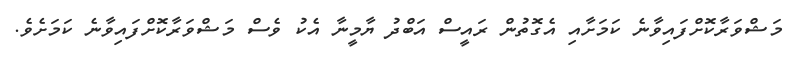
މަޝްވަރާކޮށްފައިވާނެ ކަމަށާއި އެގޮތުން ރައީސް އަބްދު ޔާމީނާ އެކު ވެސް މަޝްވަރާކޮށްފައިވާނެ ކަމަށެވެ.